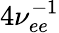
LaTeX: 4\nu_{ee}^{-1}